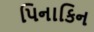
પિનાકિન